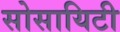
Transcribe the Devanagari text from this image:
सोसायिटी